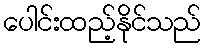
ပေါင်းထည့်နိုင်သည်